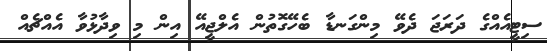
ސިޓީއެއްގެ ދަރަޖަ ދެވޭ މިންގަނޑާ ބެހޭގޮތުން އެލްޖީއޭ އިން މި ވިދާޅުވާ އެއްޗެއް